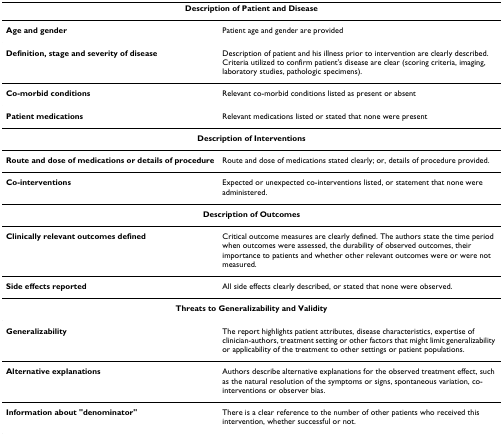
| <COLSPAN=2> Description of Patient and Disease |
 | --- | --- |
 | Age and gender | Patient age and gender are provided |
 | Definition, stage and severity of disease | Description of patient and his illness prior to intervention are clearly described. Criteria utilized to confirm patient's disease are clear (scoring criteria, imaging, laboratory studies, pathologic specimens). |
 | Co-morbid conditions | Relevant co-morbid conditions listed as present or absent |
 | Patient medications | Relevant medications listed or stated that none were present |
 | <COLSPAN=2> Description of Interventions |
 | Route and dose of medications or details of procedure | Route and dose of medications stated clearly; or, details of procedure provided. |
 | Co-interventions | Expected or unexpected co-interventions listed, or statement that none were administered. |
 | <COLSPAN=2> Description of Outcomes |
 | Clinically relevant outcomes defined | Critical outcome measures are clearly defined. The authors state the time period when outcomes were assessed, the durability of observed outcomes, their importance to patients and whether other relevant outcomes were or were not measured. |
 | Side effects reported | All side effects clearly described, or stated that none were observed. |
 | <COLSPAN=2> Threats to Generalizability and Validity |
 | Generalizability | The report highlights patient attributes, disease characteristics, expertise of clinician-authors, treatment setting or other factors that might limit generalizability or applicability of the treatment to other settings or patient populations. |
 | Alternative explanations | Authors describe alternative explanations for the observed treatment effect, such as the natural resolution of the symptoms or signs, spontaneous variation, co-interventions or observer bias. |
 | Information about "denominator" | There is a clear reference to the number of other patients who received this intervention, whether successful or not. |